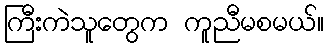
ကြီးကဲသူတွေက ကူညီမစမယ်။